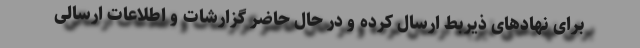
برای نهادهای ذیربط ارسال کرده و در حال حاضر گزارشات و اطلاعات ارسالی